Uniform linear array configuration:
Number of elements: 4
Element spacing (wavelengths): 0.75
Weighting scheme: hamming
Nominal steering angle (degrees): -60
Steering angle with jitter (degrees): -58.641
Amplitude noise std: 0.05
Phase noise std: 0.05

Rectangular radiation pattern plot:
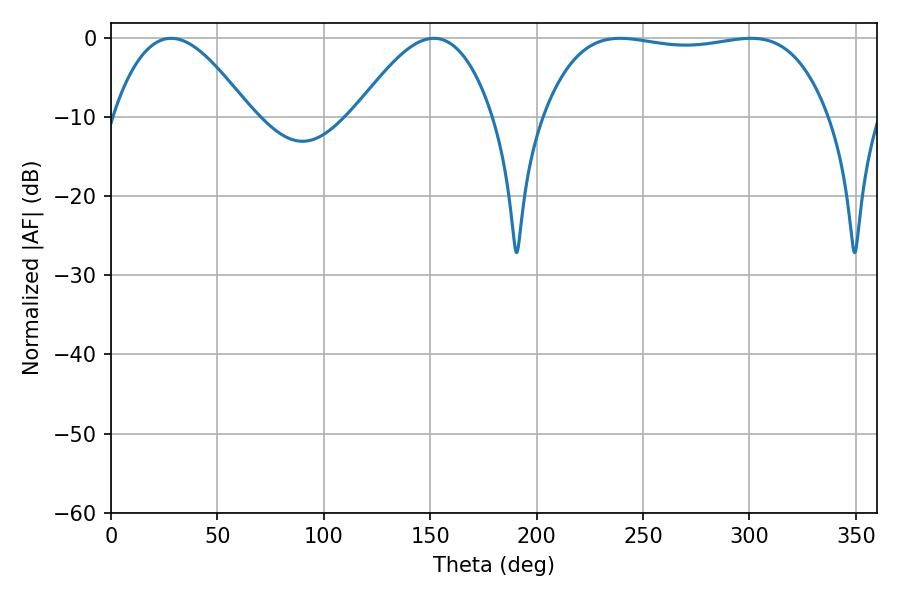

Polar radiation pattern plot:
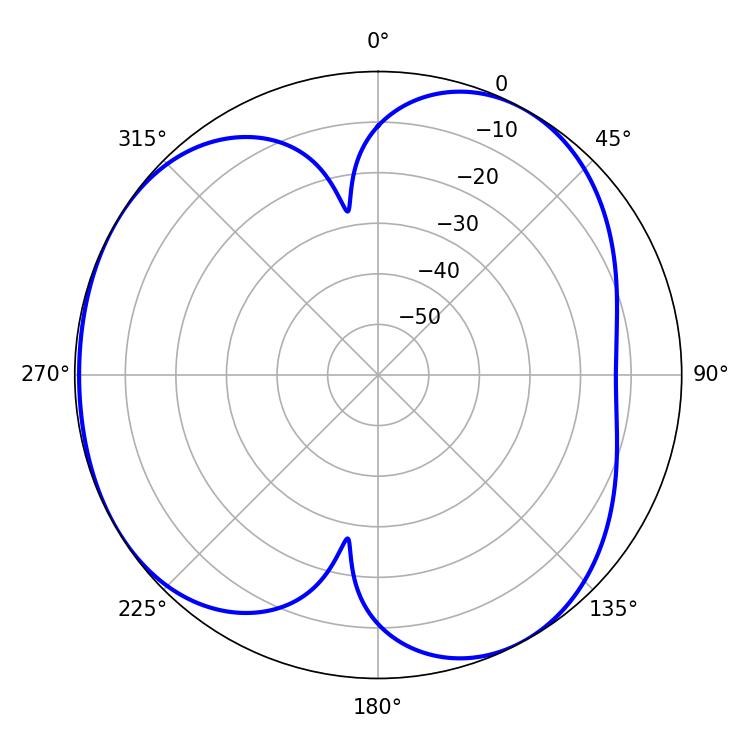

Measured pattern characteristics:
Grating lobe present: TRUE
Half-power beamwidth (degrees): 34.92
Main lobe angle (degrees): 28.26